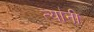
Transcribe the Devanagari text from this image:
त्या॑नी